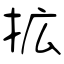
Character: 拡